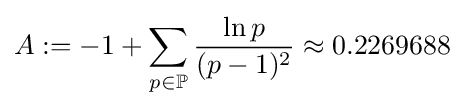
A:=-1+\sum _{p\in \mathbb {P} }{\frac {\ln p}{(p-1)^{2}}}\approx 0.2269688